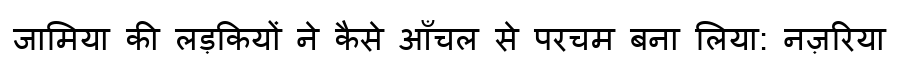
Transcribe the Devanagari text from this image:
जामिया की लड़कियों ने कैसे आँचल से परचम बना लिया: नज़रिया